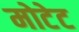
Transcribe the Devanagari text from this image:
मोटेट